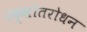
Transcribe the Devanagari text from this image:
रक्स्रोतरोधन